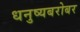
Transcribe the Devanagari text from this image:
धनुष्यबरोबर